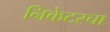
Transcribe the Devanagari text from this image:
निकेटरचा